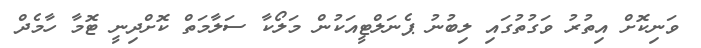
ވަނިކޮށް އިތުރު ވަގުތުގައި ލިބުނު ޕެނަލްޓީއަކުން މަލޯކާ ސަލާމަތް ކޮށްދިނީ ޓޮމާ ހާމެދް